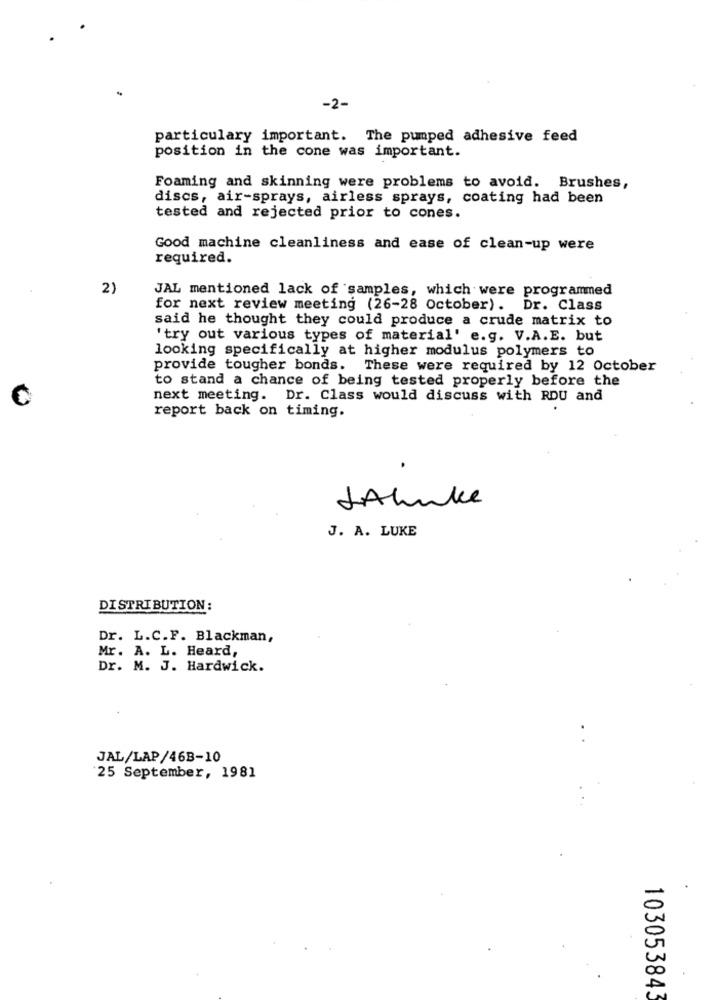
-2-
particulary important. The pumped adhesive feed
position in the cone was important.
Foaming and skinning were problems to avoid. Brushes,
discs, air-sprays, airless sprays, coating had been
tested and rejected prior to cones.
Good machine cleanliness and ease of clean-up were
required.
2)
JAL mentioned lack of samples, which were programmed
for next review meeting (26-28 October). Dr. Class
said he thought they could produce a crude matrix to
'try out various types of material' e.g. V.A.E. but
looking specifically at higher modulus polymers to
provide tougher bonds. These were required by 12 October
to stand a chance of being tested properly before the
next meeting. Dr. Class would discuss with RDU and
report back on timing.
.
JAluke
J. A. LUKE
DISTRIBUTION:
Dr. L.C.F. Blackman,
Mr. A. L. Heard,
Dr. M. J. Hardwick.
JAL/LAP/46B-10
25 September, 1981
103053843